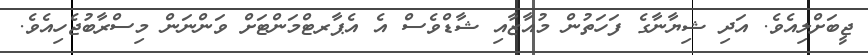
ޖީބަށްލިއެވެ. އަދި ޝިޔާނާގެ ފަހަތުން މުއާޒާއި ޝާޑްވެސް އެ އެޕާރޓްމަންޓަށް ވަންނަން މިސްރާބުޖެހިއެވެ.